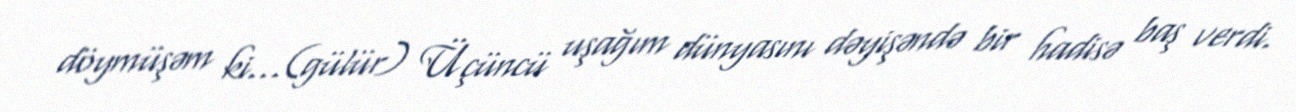
döymüşəm ki…(gülür) Üçüncü uşağım dünyasını dəyişəndə bir hadisə baş verdi.